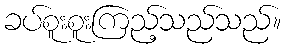
ခပ်စူးစူးကြည့်သည်သည်။